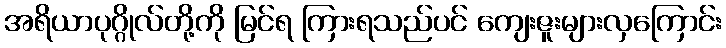
အရိယာပုဂ္ဂိုလ်တို့ကို မြင်ရ ကြားရသည်ပင် ကျေးဇူးများလှကြောင်း